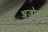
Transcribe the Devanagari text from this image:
अजोन